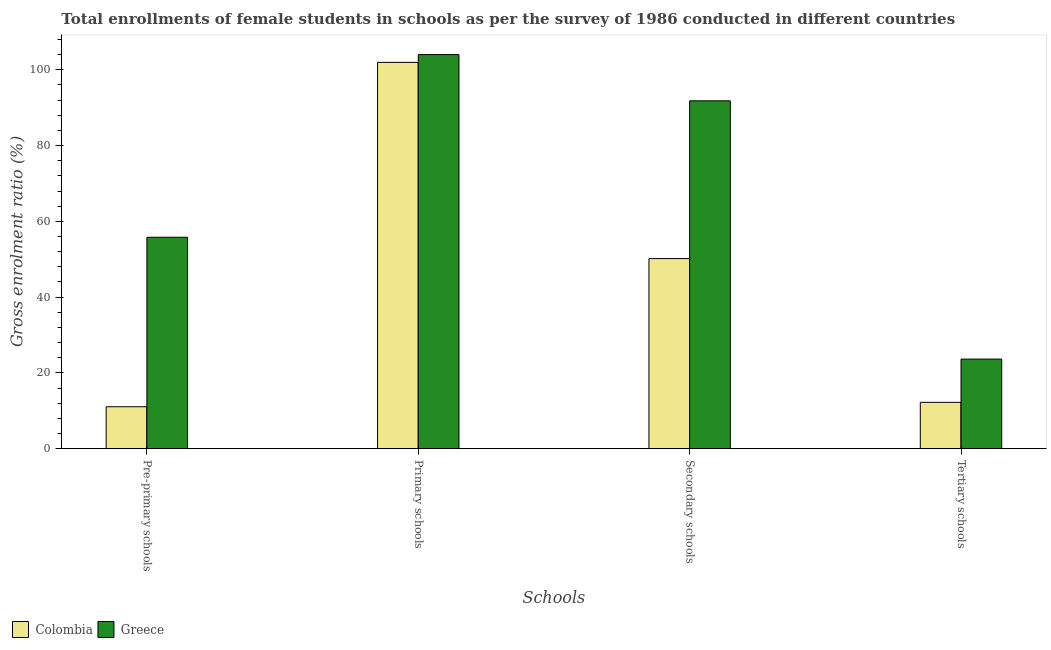
| Schools | Colombia | Greece |
 | --- | --- | --- |
 | Pre-primary schools | 11.1 | 55.8 |
 | Primary schools | 102 | 104 |
 | Secondary schools | 50.2 | 91.8 |
 | Tertiary schools | 12.2 | 23.6 |